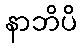
နာဘိပိ